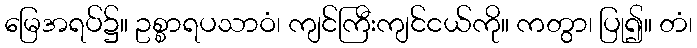
မြေအရပ်၌။ ဥစ္စာရပသာဝံ၊ ကျင်ကြီးကျင်ငယ်ကို။ ကတွာ၊ ပြု၍။ တံ၊